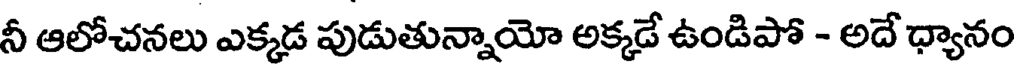
నీ ఆలోచనలు ఎక్కడ పుడుతున్నాయో అక్కడే ఉండిపో - అదే ధ్యానం